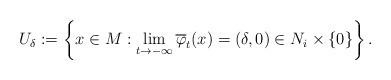
LaTeX: \begin{align*}U_{\delta}:=\left\{x\in M:\lim_{t\to-\infty}\overline{\varphi}_t(x)=(\delta,0)\in N_i\times\{0\}\right\}.\end{align*}